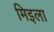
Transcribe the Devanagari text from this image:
मिइला